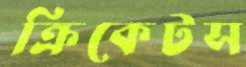
ক্রিকেটস